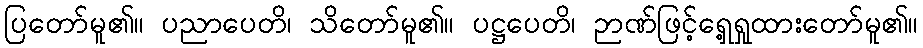
ပြတော်မူ၏။ ပညာပေတိ၊ သိတော်မူ၏။ ပဋ္ဌပေတိ၊ ဉာဏ်ဖြင့်ရှေ့ရှုထားတော်မူ၏။